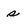
Character: s